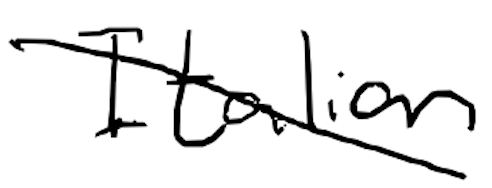
Text: Italian
Cross-out: diagonal
Writing tool: digital_black